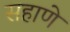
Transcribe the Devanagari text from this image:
सहाणे